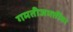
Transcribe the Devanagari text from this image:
गमतीजमतींवर